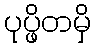
ပုပ္ဖိတမှိ